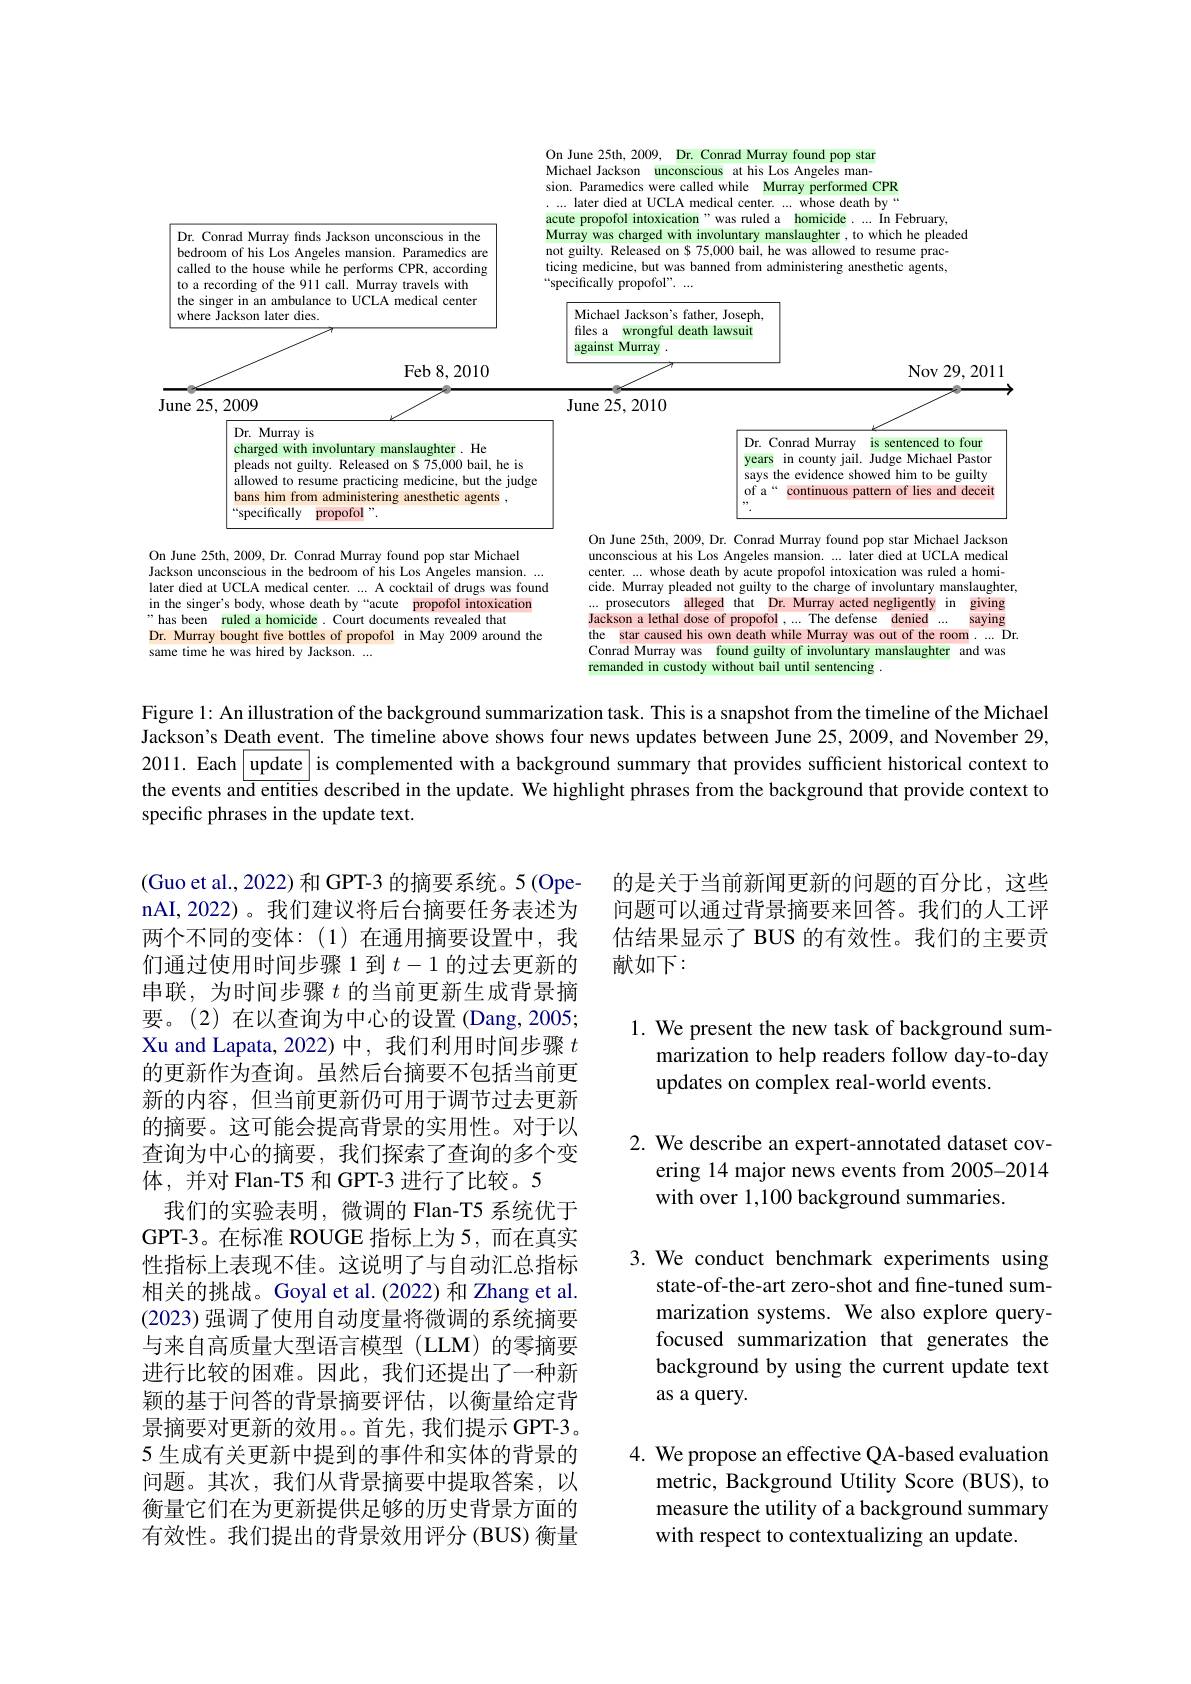
<FigureHere>

Figure 1: An illustration of the background summarization task. This is a snapshot from the timeline of the Michael Jackson's Death event. The timeline above shows four news updates between June 25, 2009, and November 29, 2011. Each | update | is complemented with a background summary that provides sufficient historical context to the events and entities described in the update. We highlight phrases from the background that provide context to specific phrases in the update text.

的是关于当前新闻更新的问题的百分比，这些问题可以通过背景摘要来回答。我们的人工评估结果显示了 BUS 的有效性。我们的主要贡献如下：

## 1. We present the new task of background summarization to help readers follow day-to-day updates on complex real-world events.

2. We describe an expert-annotated dataset cov-
ering 14 major news events from 2005-2014
with over 1,100 background summaries.

(Guo et al., 2022) 和 GPT-3 的摘要系统。5 (OpenAI,2022)。我们建议将后台摘要任务表述为两个不同的变体：(1)在通用摘要设置中，我们通过使用时间步骤 1 到$t-1$的过去更新的串联，为时间步骤$t$的当前更新生成背景摘要。(2)在以查询为中心的设置(Dang,2005; Xu and Lapata, 2022) 中，我们利用时间步骤$t$ 的更新作为查询。虽然后台摘要不包括当前更新的内容，但当前更新仍可用于调节过去更新的摘要。这可能会提高背景的实用性。对于以查询为中心的摘要，我们探索了查询的多个变体，并对 Flan-T5 和 GPT-3 进行了比较。5
我们的实验表明，微调的 Flan-T5 系统优于GPT-3。在标准 ROUGE 指标上为 5,而在真实性指标上表现不佳。这说明了与自动汇总指标相关的挑战。Goyal et al.(2022) 和 Zhang et al. (2023) 强调了使用自动度量将微调的系统摘要与来自高质量大型语言模型(LLM)的零摘要进行比较的困难。因此，我们还提出了一种新颖的基于问答的背景摘要评估，以衡量给定背景摘要对更新的效用。首先，我们提示 GPT-3。5 生成有关更新中提到的事件和实体的背景的问题。其次，我们从背景摘要中提取答案，以衡量它们在为更新提供足够的历史背景方面的有效性。我们提出的背景效用评分 (BUS) 衡量

3. We conduct benchmark experiments using
state-of-the-art zero-shot and fine-tuned summarization systems. We also explore queryfocused summarization that generates the background by using the current update text as a query.

4. We propose an effective QA-based evaluation
metric, Background Utility Score (BUS), to measure the utility of a background summary with respect to contextualizing an update.